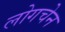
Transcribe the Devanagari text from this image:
लोगचेन